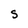
Character: S